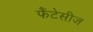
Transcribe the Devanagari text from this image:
फैंटेसीज